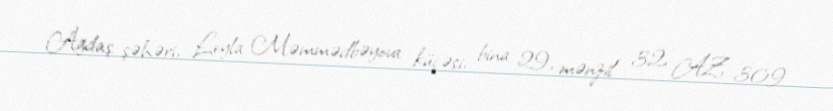
Ağdaş şəhəri, Leyla Məmmədbəyova küçəsi, bina 29, mənzil 32, AZ 309